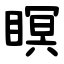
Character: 瞑